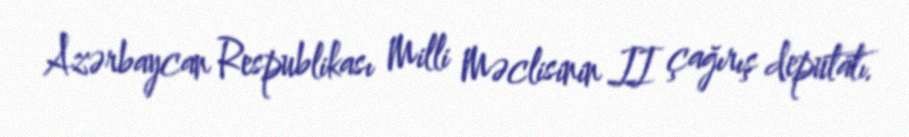
Azərbaycan Respublikası Milli Məclisinin II çağırış deputatı.